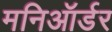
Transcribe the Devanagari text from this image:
मनिऑर्डर